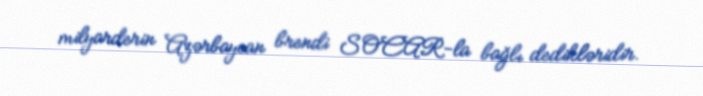
milyarderin Azərbaycan brendi SOCAR-la bağlı dedikləridir.